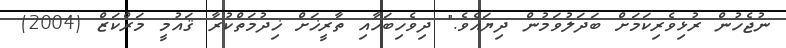
ނުޖެހުން ރުޅިވެރިކަމަށް ބަދަލުވަމުން ދިޔައެވެ." ދިވެހިބަހާއި ތާރީޚަށް ޚިދުމަތްކުރާ ޤައުމީ މަރްކަޒް (2004)